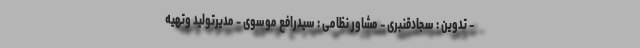
– تدوین : سجادقنبری – مشاور نظامی : سیدرافع موسوی - مدیرتولید وتهیه